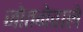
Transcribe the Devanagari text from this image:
जोतनेवाले